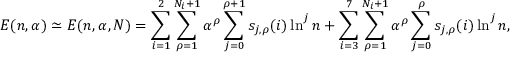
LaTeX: E ( n , \alpha ) \simeq E ( n , \alpha , { \cal N } ) = \sum _ { i = 1 } ^ { 2 } \sum _ { \rho = 1 } ^ { N _ { i } + 1 } \alpha ^ { \rho } \sum _ { j = 0 } ^ { \rho + 1 } s _ { j , \rho } ( i ) \ln ^ { j } n + \sum _ { i = 3 } ^ { 7 } \sum _ { \rho = 1 } ^ { N _ { i } + 1 } \alpha ^ { \rho } \sum _ { j = 0 } ^ { \rho } s _ { j , \rho } ( i ) \ln ^ { j } n ,